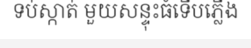
ទប់ស្កាត់ មួយសន្ទុះធំទើបភ្លើង